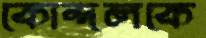
কোন্দলকে